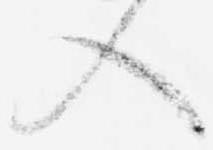
入